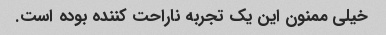
خیلی ممنون این یک تجربه ناراحت کننده بوده است.